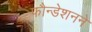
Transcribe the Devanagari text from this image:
फौन्डेशनने